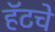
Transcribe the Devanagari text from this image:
हॅटचे